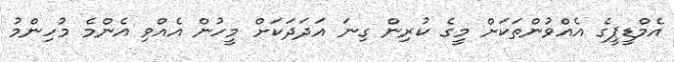
އެމްޑީޕީގެ އެއްވުންތަކަށް މީގެ ކުރިން ގިނަ އަދަދަކަށް މީހުން އެއްވި އެންމެ މުހިންމު